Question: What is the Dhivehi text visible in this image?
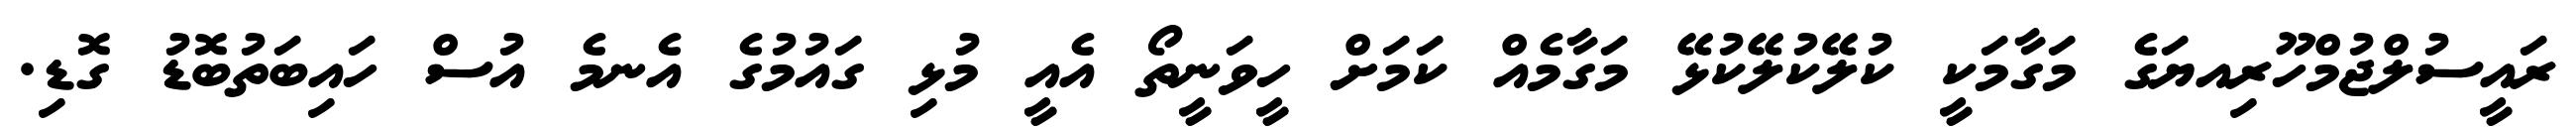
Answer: ރައީސުލްޖުމްހޫރިއޔަގެ މަގާމަކީ ކުލޭކުލޭކުޅޭ މަގާމެއް ކަމަށް ހީވަނީތޯ އެއީ މުޅި ގައުމުގެ އެނމެ އުސް ހައިބަތުބޮޑު ގޮޑި.